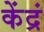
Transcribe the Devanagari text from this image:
केंद्रं